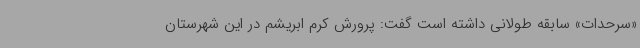
«سرحدات» سابقه طولانی داشته است گفت: پرورش کرم ابریشم در این شهرستان